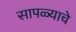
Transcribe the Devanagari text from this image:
सापळ्याचे